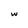
Character: w